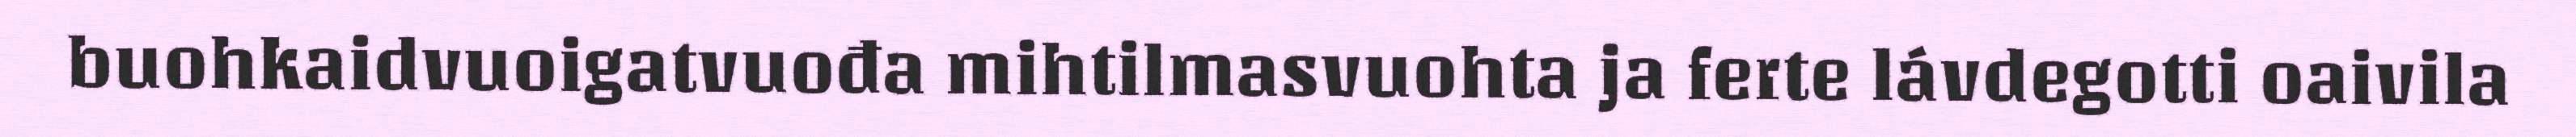
buohkaidvuoigatvuođa mihtilmasvuohta ja ferte lávdegotti oaivila